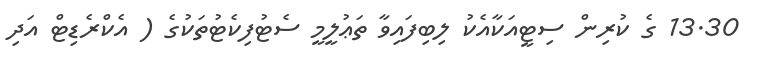
13.30 ގެ ކުރިން ސިޓީއަކާއެކު ލިބިފައިވާ ތަޢުލީމީ ސެޓުފިކެޓުތަކުގެ ( އެކްރެޑިޓް އަދި